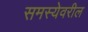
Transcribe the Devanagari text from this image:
समस्येवरील